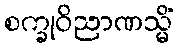
စက္ခုဝိညာဏသ္မိံ